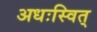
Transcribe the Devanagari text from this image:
अधःस्वित्